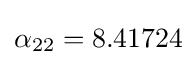
\alpha _{22}=8.41724